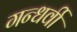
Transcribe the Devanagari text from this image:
गन्धर्वी